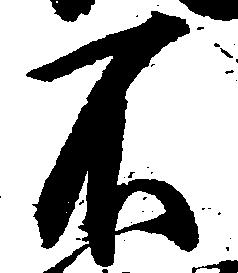
不